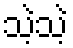
သဲ့သဲ့